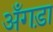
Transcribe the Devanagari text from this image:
अँगड़ा